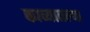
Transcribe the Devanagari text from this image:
काव्यातल्या